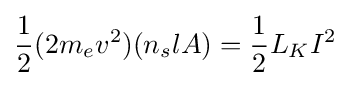
{\frac {1}{2}}(2m_{e}v^{2})(n_{s}lA)={\frac {1}{2}}L_{K}I^{2}